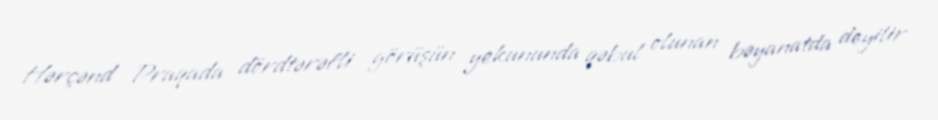
Hərçənd Praqada dördtərəfli görüşün yekununda qəbul olunan bəyanatda deyilir